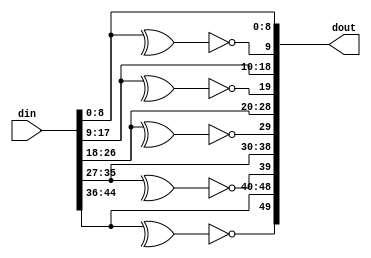
module insert_parity #(
	parameter WORDS = 5,
	parameter BITS_PER_WORD = 9
	
)(
	input [BITS_PER_WORD*WORDS-1:0] din,
	output [(1+BITS_PER_WORD)*WORDS-1:0] dout	
);

genvar i;
generate
	for (i=0; i<WORDS; i=i+1) begin : p
		wire [BITS_PER_WORD-1:0] tmp_in = din [(i+1)*BITS_PER_WORD-1:i*BITS_PER_WORD];
		wire pbit = (^tmp_in) ^ 1'b1;
		wire [BITS_PER_WORD:0] tmp_out = {pbit, tmp_in};
		assign dout[(i+1)*(BITS_PER_WORD+1)-1:i*(BITS_PER_WORD+1)] = tmp_out;
	end
endgenerate

endmodule